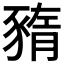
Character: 𧱫